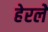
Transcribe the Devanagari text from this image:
हेरलेे